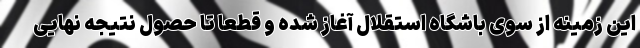
این زمینه از سوی باشگاه استقلال آغاز شده و قطعا تا حصول نتیجه نهایی